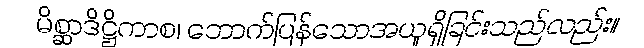
မိစ္ဆာဒိဋ္ဌိကာစ၊ ဘောက်ပြန်သောအယူရှိခြင်းသည်လည်း။